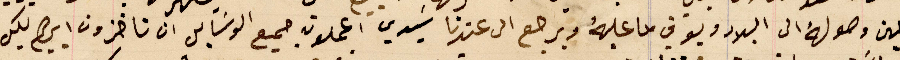
حين وصولهُ الى البلاد ويوفي ما عليهُ ويرجع الى عندنا سَيدي اعملون جميع الوسَايل ان تاخزون ابيهم بكل